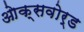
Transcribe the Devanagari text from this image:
ओक्सवोर्ड